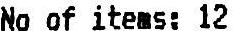
NO OF ITEMS: 12